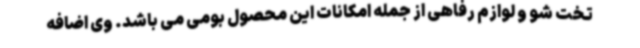
تخت شو و لوازم رفاهی از جمله امکانات این محصول بومی می باشد. وی اضافه